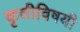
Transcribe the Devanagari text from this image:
कृतीविषयी